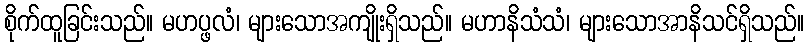
စိုက်ထူခြင်းသည်။ မဟပ္ဖလံ၊ များသောအကျိုးရှိသည်။ မဟာနိသံသံ၊ များသောအာနိသင်ရှိသည်။